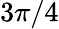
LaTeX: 3\pi/4